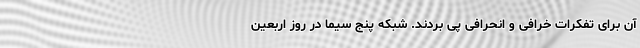
آن برای تفکرات خرافی و انحرافی پی بردند. شبکه پنج سیما در روز اربعین